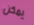
يمكن